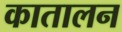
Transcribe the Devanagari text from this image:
कातालन